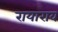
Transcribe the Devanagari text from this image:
रायाराव